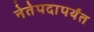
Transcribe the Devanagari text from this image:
नेतेपदापर्यंत